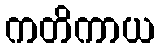
ကတိကာယ